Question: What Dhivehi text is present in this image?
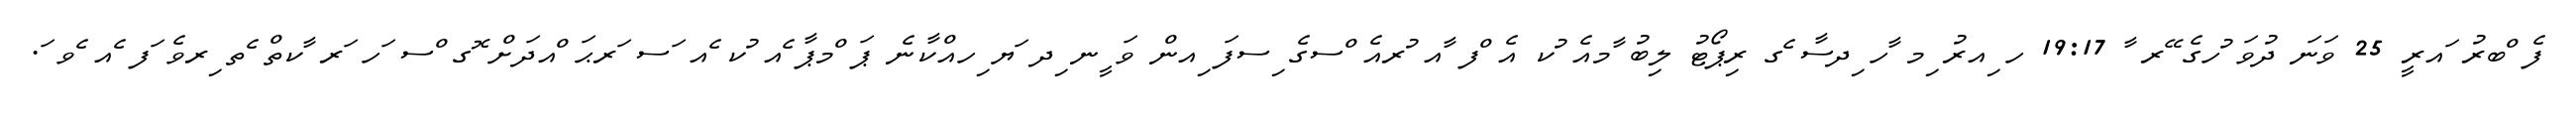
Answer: ފެ ްބރު ައރީ 25 ވަނަ ދުވަ ުހގެ ޭރ ާ 19:17 ހ ިއރު ިމ ާހ ިދސާ ެގ ރިޕޯޓު ލިބު ާމއެ ުކ އެ ްފ ާއ ުރއެ ްސގެ ިސފަ ިއން ވަ ީނ ިދ ަޔ ިހއްކާނެ ޕަ ްމޕާ ެއ ުކ ެއ ަސ ަރޙަ ްއދަށް ޮގ ްސ ަހ ަރ ާކތް ެތ ިރވެ ަފ ެއ ެވ ަ.